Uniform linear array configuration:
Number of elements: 32
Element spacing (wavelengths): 0.5
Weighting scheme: cosine
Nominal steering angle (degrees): -60
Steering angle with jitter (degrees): -61.484
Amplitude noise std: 0.05
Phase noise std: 0.05

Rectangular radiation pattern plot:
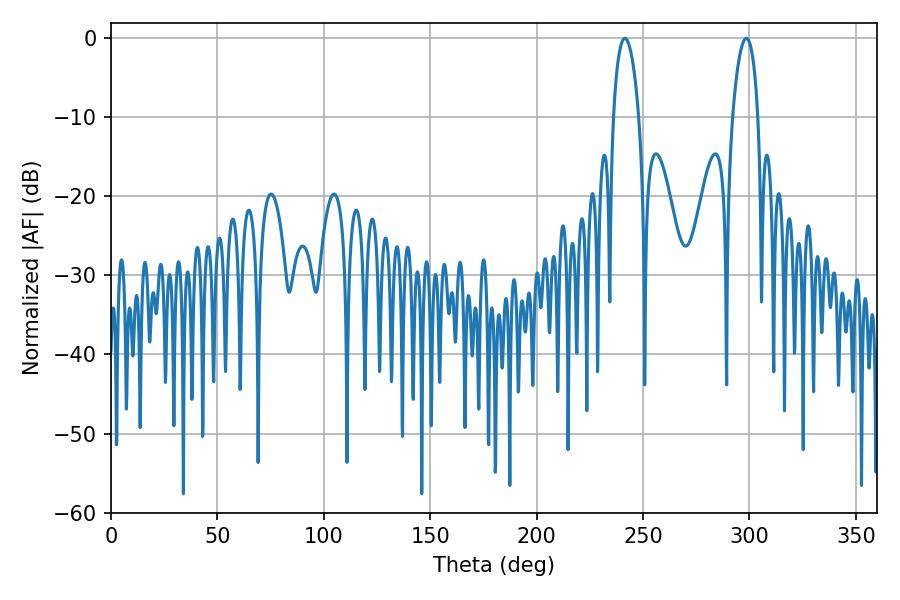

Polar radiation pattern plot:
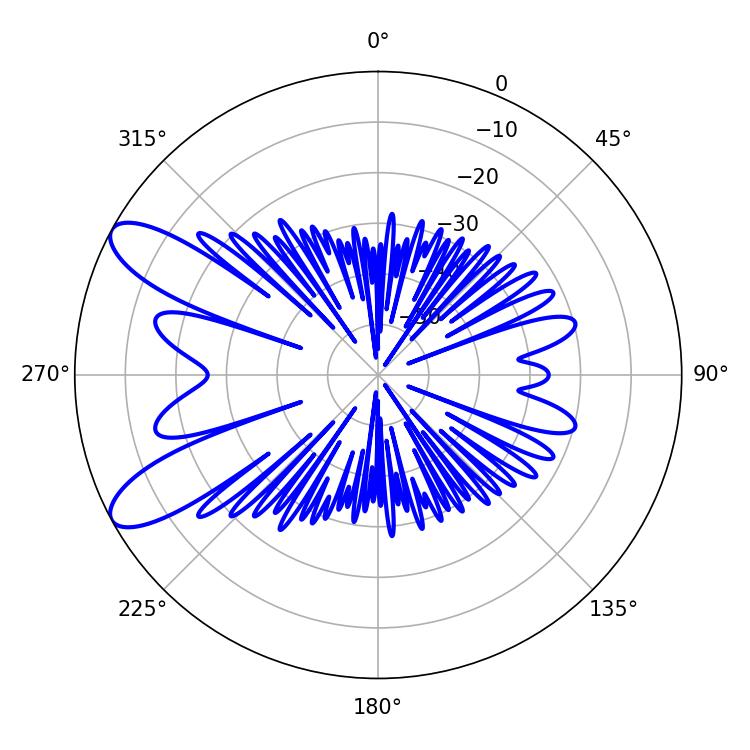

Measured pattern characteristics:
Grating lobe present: FALSE
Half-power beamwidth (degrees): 6.66
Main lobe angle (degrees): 298.62